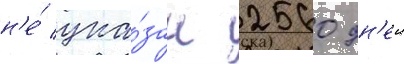
н'е́ ука́зан 2560 дн'еи